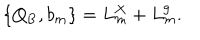
\{ Q _ { \mathrm { B } } , b _ { m } \} = L _ { m } ^ { X } + L _ { m } ^ { \mathrm { g } } .